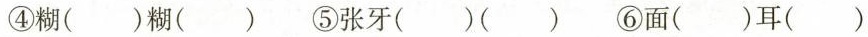
④糊()糊() ⑤张牙()() ⑥面()耳()